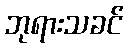
ဘုရားသခင်